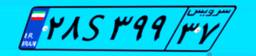
۲۲S۸۸۵۹۳